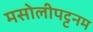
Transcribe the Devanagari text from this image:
मसोलीपट्टनम